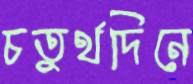
চতুর্থদিনে